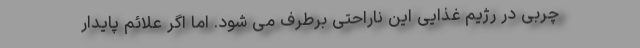
چربی در رژیم غذایی این ناراحتی برطرف می شود. اما اگر علائم پایدار